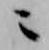
ニ